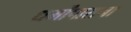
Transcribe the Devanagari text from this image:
धर्मोंपासना